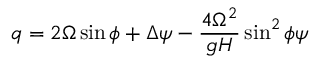
q = 2 \Omega \sin \phi + \Delta \psi - \frac { 4 \Omega ^ { 2 } } { g H } \sin ^ { 2 } \phi \psi